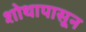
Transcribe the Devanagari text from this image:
शोथापासून